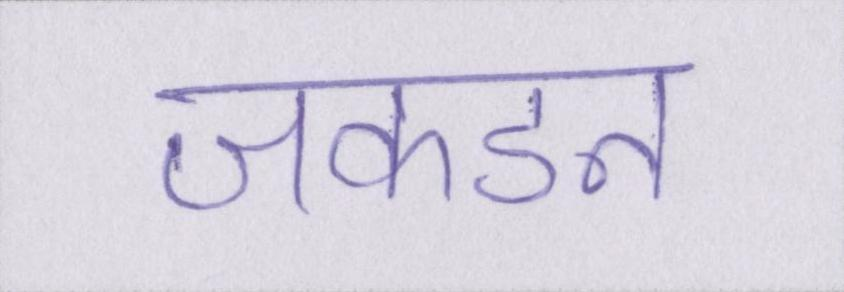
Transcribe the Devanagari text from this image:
जकडन